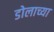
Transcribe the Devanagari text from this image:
डोलाच्या